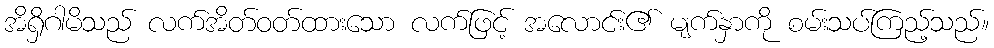
အိရှိဂါမိသည် လက်အိတ်ဝတ်ထားသော လက်ဖြင့် အလောင်း၏ မျက်နှာကို စမ်းသပ်ကြည့်သည်။